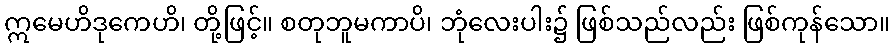
ဣမေဟိဒုကေဟိ၊ တို့ဖြင့်။ စတုဘူမကာပိ၊ ဘုံလေးပါး၌ ဖြစ်သည်လည်း ဖြစ်ကုန်သော။